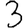
Digit: 3